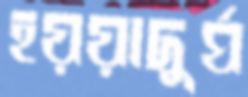
হয়য়াদুর্ঘ